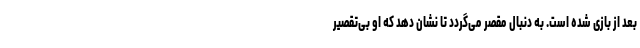
بعد از بازی شده است. به دنبال مقصر می‌گردد تا نشان دهد که او بی‌تقصیر